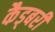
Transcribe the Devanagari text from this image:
कैड्बरी